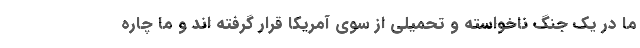
ما در یک جنگ ناخواسته و تحمیلی از سوی آمریکا قرار گرفته اند و ما چاره